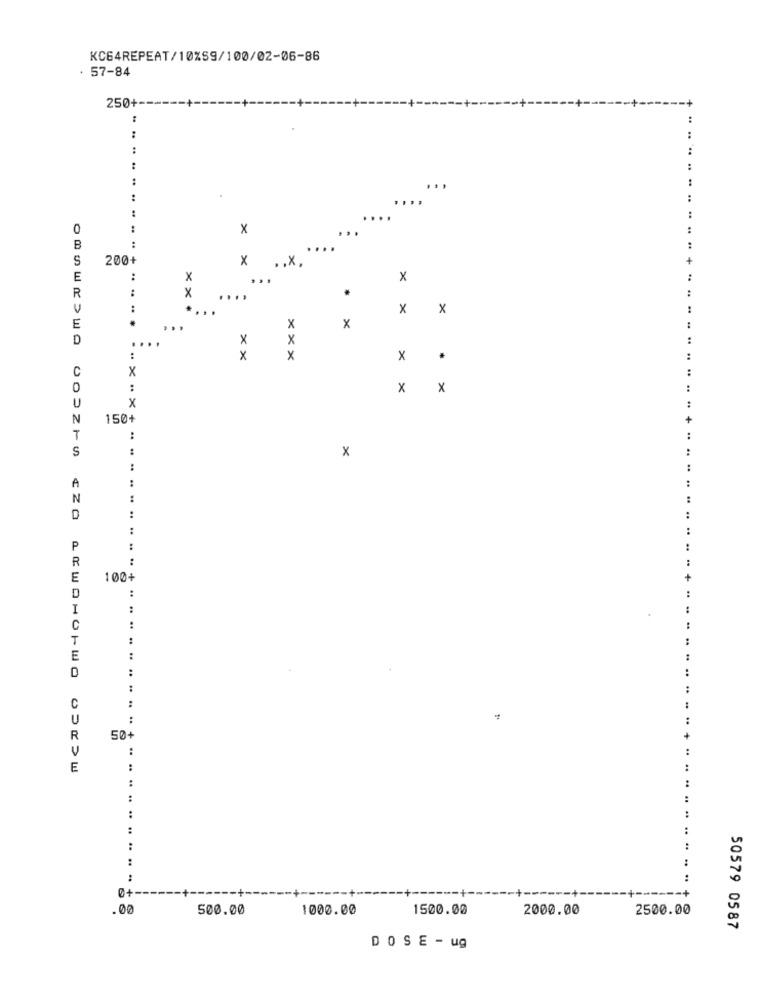
KC64REPEAT/10%S9/100/02-06-86
57-84
250+-
:
:
:
....
....
:
:
....
0
..
X
:
B
. .
S
200+
X
.. X.
+
E
..
X
x
..
x
.
:
R
....
..
x
X
E
X
X
:
D
X
X
:
x
x
x
:
C
X
:
x
X
X
N
150+
+
T
:
:
S
:
x
:
:
:
A
:
:
N
..
:
D
..
:
P
:
R
:
E
100+
D
I
:
C
:
T
:
E
:
:
..
:
:
C
U
:
:
R
50+
V
E
:
:
:
0+
.00
500.00
1000.00
1500.00
2000.00
2500.00
50579 0587
DOSE - ug